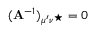
( { \bf A } ^ { - 1 } ) _ { \mu ^ { \prime } \nu ^ { \star } } = 0